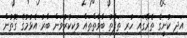
އަދި ކުނީގެ ތެރޭގައި ހުރި ތަފާތު ބާވާތްތައް ވަކިކުރުވަން ބާރު އެޅުމުގެ ގޮތުން